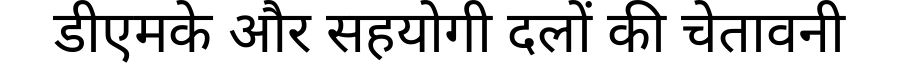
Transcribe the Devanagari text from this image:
डीएमके और सहयोगी दलों की चेतावनी